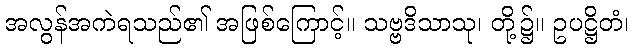
အလွန်အကဲရသည်၏ အဖြစ်ကြောင့်။ သဗ္ဗဒိသာသု၊ တို့၌။ ဥပဋ္ဌိတံ၊